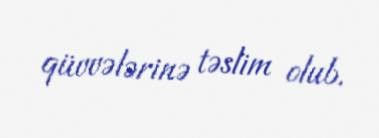
qüvvələrinə təslim olub.